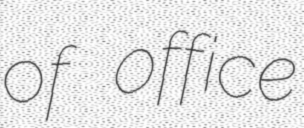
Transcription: of office